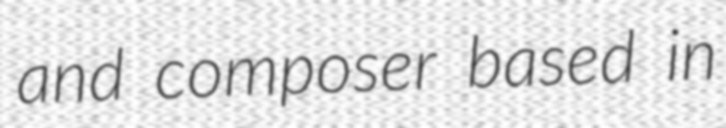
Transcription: and composer based in